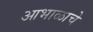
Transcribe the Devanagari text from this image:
आभाळाचे